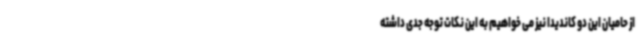
از حامیان این دو کاندیدا نیز می خواهیم به این نکات توجه جدی داشته